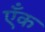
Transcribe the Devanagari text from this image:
एँक